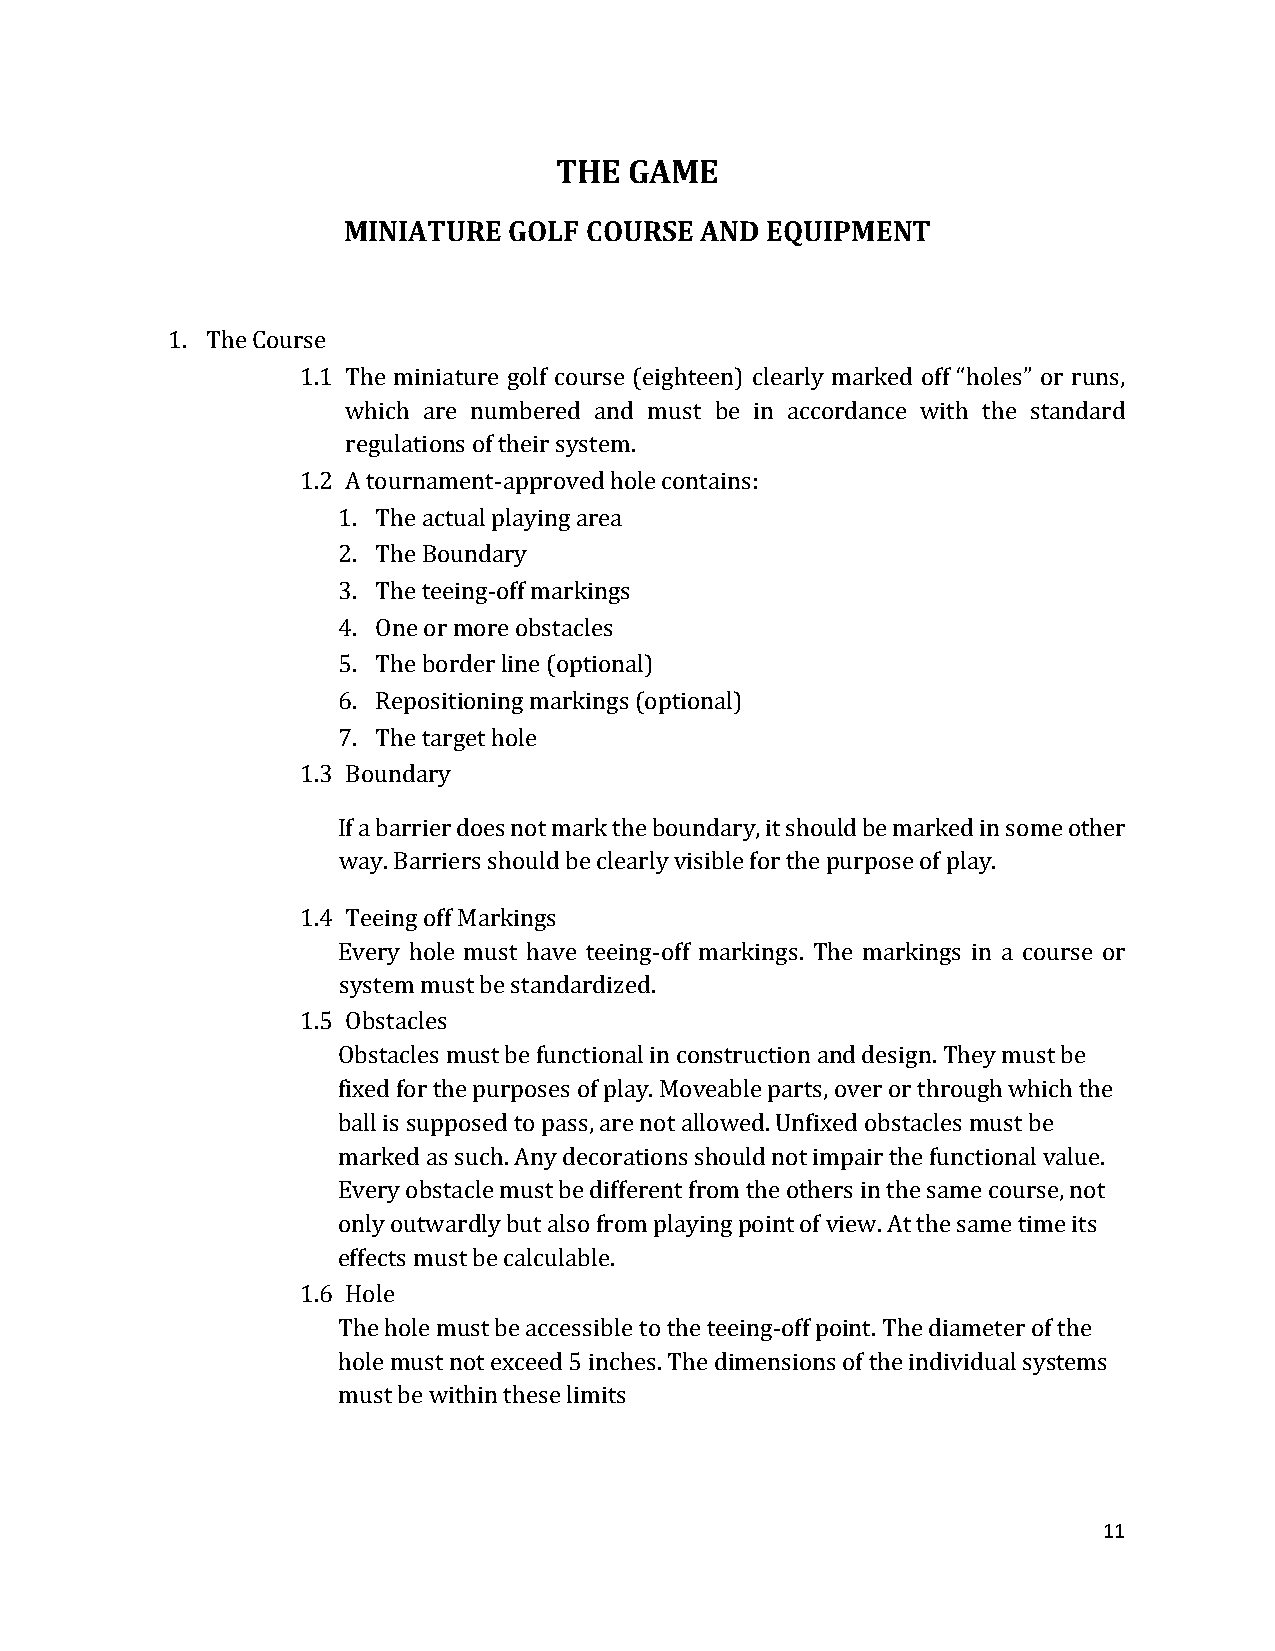
THE  GAME
 MINIATURE  GOLF COURSE AND  EQUIPMENT
 1. The Course
 1.1 The miniature golf course (eighteen) clearly marked off “holes” or runs,
 which are numbered and must be in accordance with the standard
 regulations of their system.
 1.2 A tournament-approved hole contains:
 1. The actual playing area
 2. The Boundary
 3. The teeing-off markings
 4. One or more obstacles
 5. The border line (optional)
 6. Repositioning markings (optional)
 7. The target hole
 1.3 Boundary
 If a barrier does not mark the boundary, it should be marked in some other
 way. Barriers should be clearly visible for the purpose of play.
 1.4 Teeing off Markings
 Every hole must have teeing-off markings. The markings in a course or
 system must be standardized.
 1.5 Obstacles
 Obstacles must be functional in construction and design. They must be
 fixed for the purposes of play. Moveable parts, over or through which the
 ball is supposed to pass, are not allowed. Unfixed obstacles must be
 marked as such. Any decorations should not impair the functional value.
 Every obstacle must be different from the others in the same course, not
 only outwardly but also from playing point of view. At the same time its
 effects must be calculable.
 1.6 Hole
 The hole must be accessible to the teeing-off point. The diameter of the
 hole must not exceed 5 inches. The dimensions of the individual systems
 must be within these limits
 11